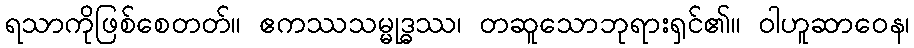
ရသာကိုဖြစ်စေတတ်။ ဧကဿသမ္မုဒ္ဓဿ၊ တဆူသောဘုရားရှင်၏။ ဝါဟူဆာဝေန၊